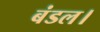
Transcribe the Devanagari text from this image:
बंडल।